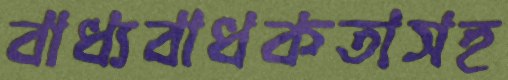
বাধ্যবাধকতাসহ